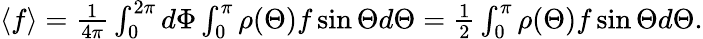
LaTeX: \begin{array}{r}{\langle f\rangle=\frac{1}{4\pi}\int_{0}^{2\pi}d\Phi\int_{0}^{\pi}\rho(\Theta)f\sin\Theta d\Theta=\frac{1}{2}\int_{0}^{\pi}\rho(\Theta)f\sin\Theta d\Theta.}\end{array}